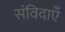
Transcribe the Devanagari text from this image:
संविदाएँ